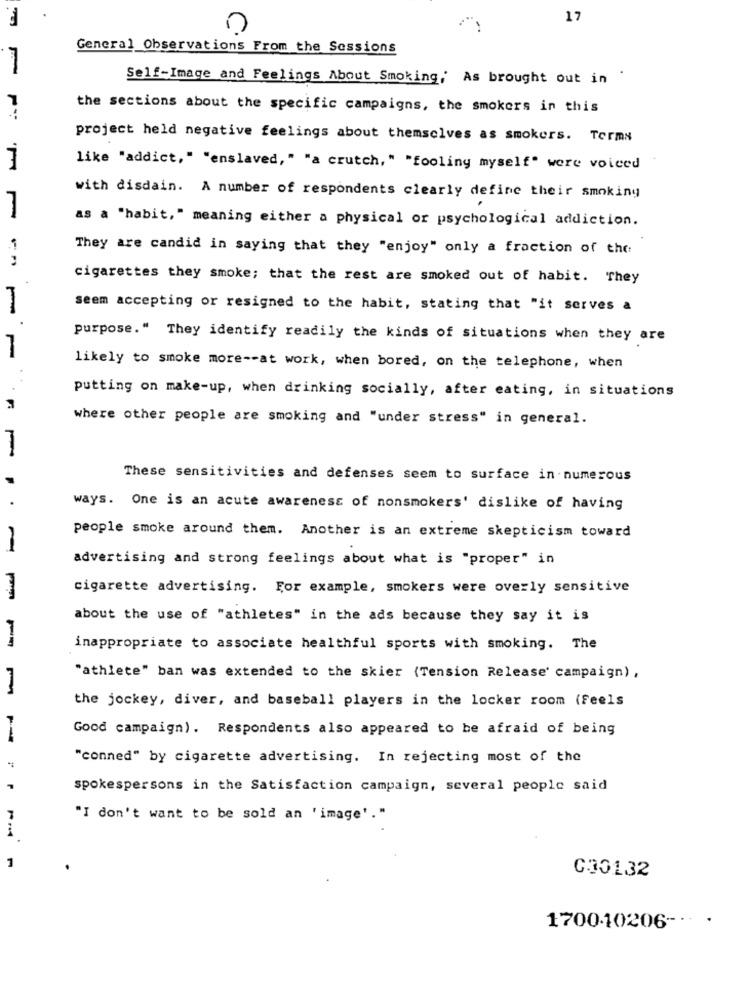
17
General Observations From the Sessions
Self-Image and Feelings About Smoking, As brought out in
.
the sections about the specific campaigns, the smokers in this
project held negative feelings about themselves as smokers. Terms
7
like "addict, " "enslaved, " "a crutch," "fooling myself" were voiced
with disdain. A number of respondents clearly define their smoking
as a "habit," meaning either a physical or psychological addiction.
They are candid in saying that they "enjoy" only a fraction of the
cigarettes they smoke; that the rest are smoked out of habit. They
-
seem accepting or resigned to the habit, stating that "it serves a
purpose." They identify readily the kinds of situations when they are
likely to smoke more -- at work, when bored, on the telephone, when
putting on make-up, when drinking socially, after eating, in situations
where other people are smoking and "under stress" in general.
These sensitivities and defenses seem to surface in numerous
ways. One is an acute awareness of nonsmokers' dislike of having
people smoke around them. Another is an extreme skepticism toward
advertising and strong feelings about what is "proper" in
cigarette advertising. For example, smokers were overly sensitive
about the use of "athletes" in the ads because they say it is
inappropriate to associate healthful sports with smoking. The
"athlete" ban was extended to the skier (Tension Release' campaign) ,
the jockey, diver, and baseball players in the locker room (Feels
Good campaign). Respondents also appeared to be afraid of being
"conned" by cigarette advertising. In rejecting most of the
1ª
P
spokespersons in the Satisfaction campaign, several people said
7
"I don't want to be sold an 'image'."
1
030132
170010206 -··